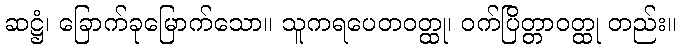
ဆဋ္ဌံ၊ ခြောက်ခုမြောက်သော။ သူကရပေတဝတ္ထု၊ ဝက်ပြိတ္တာဝတ္ထု တည်း။